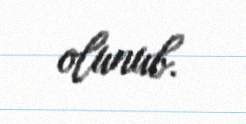
olunub.